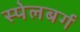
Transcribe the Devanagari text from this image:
स्पेलबर्ग